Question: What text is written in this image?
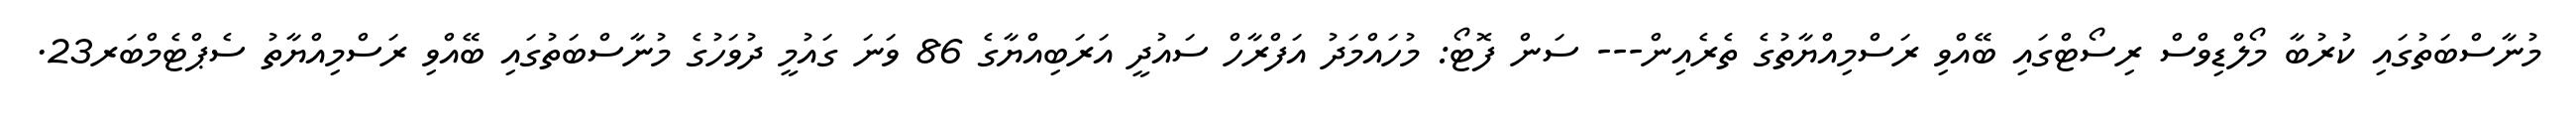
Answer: މުނާސްބަތުގައި ކުރުބާ މޯލްޑިވްސް ރިސޯޓްގައި ބޭއްވި ރަސްމިއްޔާތުގެ ތެރެއިން--- ސަން ފޮޓޯ: މުހައްމަދު އަފްރާހް ސައުދީ އަރަބިއްޔާގެ 86 ވަނަ ގައުމީ ދުވަހުގެ މުނާސްބަތުގައި ބޭއްވި ރަސްމިއްޔާތު ސެޕްޓެމްބަރ23.